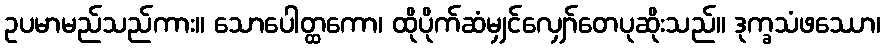
ဥပမာမည်သည်ကား။ သောပေါတ္ထကော၊ ထိုပိုက်ဆံမျှင်လျှော်တေပုဆိုးသည်။ ဒုက္ခသံဖဿော၊